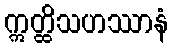
ဣတ္ထိသဟဿာနံ